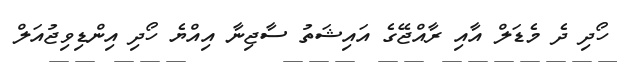
ހޯދި ދެ މެޑަލް އާއި ރާއްޖޭގެ އައިޝަތު ސާޖިނާ އިއްޔެ ހޯދި އިންޑިވިޖުއަލް